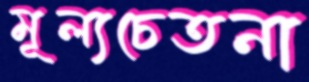
মূল্যচেতনা